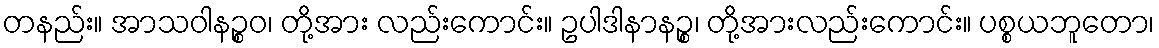
တနည်း။ အာသဝါနဉ္စဝ၊ တို့အား လည်းကောင်း။ ဥပါဒါနာနဉ္စ၊ တို့အားလည်းကောင်း။ ပစ္စယဘူတော၊